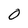
Character: O